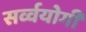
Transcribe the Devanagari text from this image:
सर्व्वयोगी